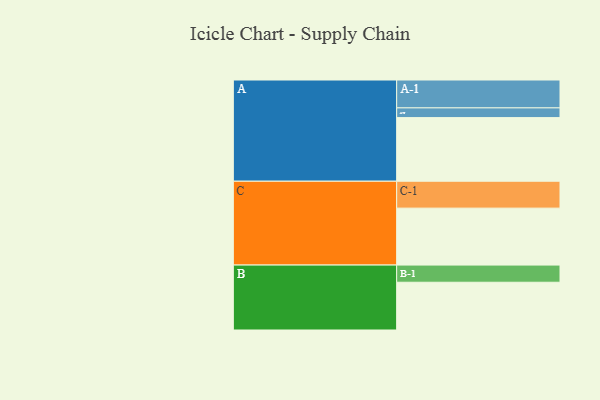
{"axis": {"x": "Segment", "y": "Value"}, "legend": ["", "A", "B", "C"], "data": [{"x": "A", "y": 589, "type": ""}, {"x": "B", "y": 442, "type": ""}, {"x": "C", "y": 527, "type": ""}, {"x": "A-1", "y": 258, "type": "A"}, {"x": "A-2", "y": 90, "type": "A"}, {"x": "B-1", "y": 159, "type": "B"}, {"x": "C-1", "y": 249, "type": "C"}]}